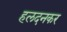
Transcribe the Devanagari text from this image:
हलदनकर